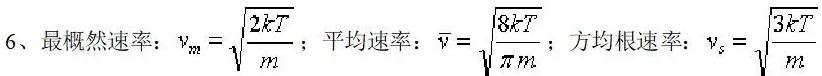
6、最概然速率：$v_{m}=\sqrt{\frac{2kT}{m}}$；平均速率：$\overline{v}=\sqrt{\frac{8kT}{\pi m}}$；方均根速率：$v_{s}=\sqrt{\frac{3kT}{m}}$